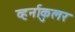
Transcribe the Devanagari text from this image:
व्हर्नाकुलर